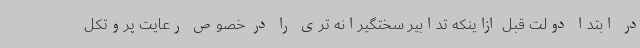
در ابتدا دولت قبل ازاینکه تدابیر سختگیرانه تری را در خصوص رعایت پروتکل